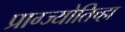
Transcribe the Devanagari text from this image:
प्राग्ज्योतिच्हा